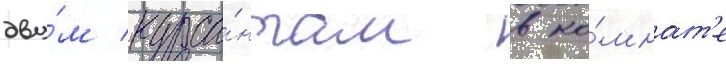
дву́м курса́нтам в ко́мнат'е